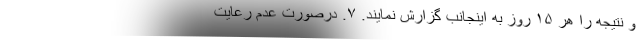
و نتیجه را هر ۱۵ روز به اینجانب گزارش نمایند. ۷. درصورت عدم رعایت